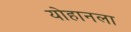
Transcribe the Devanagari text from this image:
योहानला